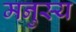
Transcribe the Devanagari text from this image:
मनुस्य